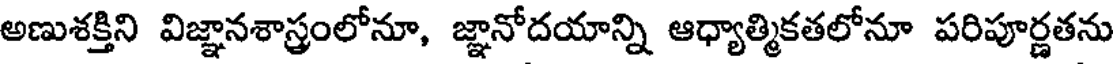
అణుశక్తిని విజ్ఞానశాస్త్రంలోనూ, జ్ఞానోదయాన్ని ఆధ్యాత్మికతలోనూ పరిపూర్ణతను